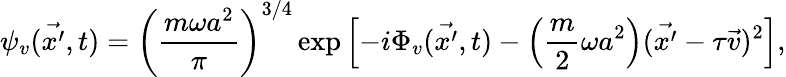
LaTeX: \psi_{v}(\vec{x^{\prime}},t)=\left(\frac{m\omega a^{2}}{\pi}\right)^{3/4}\exp\left[-i\Phi_{v}(\vec{x^{\prime}},t)-\left(\frac{m}{2}\omega a^{2}\right)(\vec{x^{\prime}}-\tau\vec{v})^{2}\right],